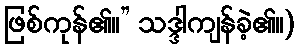
ဖြစ်ကုန်၏။” သဒ္ဒါကျန်ခဲ့၏။)